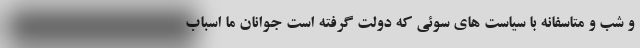
و شب و متاسفانه با سیاست های سوئی که دولت گرفته است جوانان ما اسباب